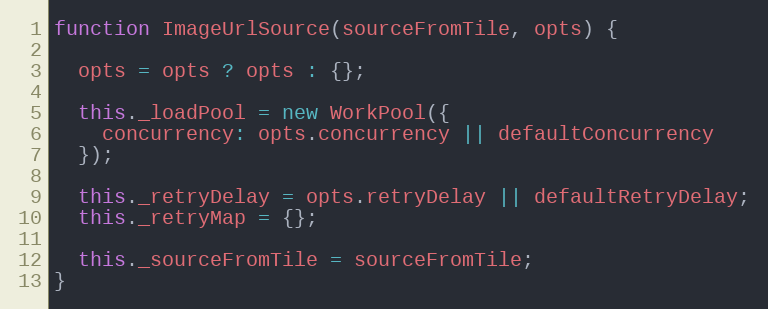
Language: JavaScript
function ImageUrlSource(sourceFromTile, opts) {

  opts = opts ? opts : {};

  this._loadPool = new WorkPool({
    concurrency: opts.concurrency || defaultConcurrency
  });

  this._retryDelay = opts.retryDelay || defaultRetryDelay;
  this._retryMap = {};

  this._sourceFromTile = sourceFromTile;
}